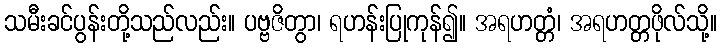
သမီးခင်ပွန်းတို့သည်လည်း။ ပဗ္ဗဇိတွာ၊ ရဟန်းပြုကုန်၍။ အရဟတ္တံ၊ အရဟတ္တဖိုလ်သို့။